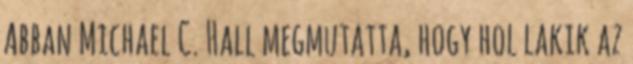
Abban Michael C. Hall megmutatta, hogy hol lakik az